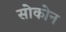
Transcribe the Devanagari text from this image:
सोकोन